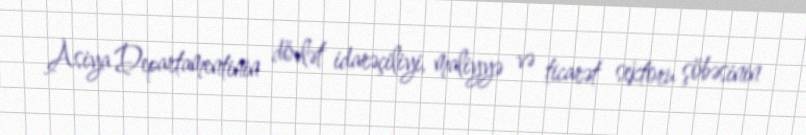
Asiya Departamentinin dövlət idarəçiliyi, maliyyə və ticarət sektoru şöbəsinin